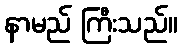
နာမည် ကြီးသည်။